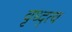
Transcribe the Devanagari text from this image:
वृध्द्त्व